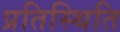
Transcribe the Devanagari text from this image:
प्रतिस्थिति